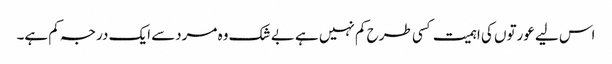
اس لیے عورتوں کی اہمیت کسی طرح کم نہیں ہے بے شک وہ مردسے ایک درجہ کم ہے۔